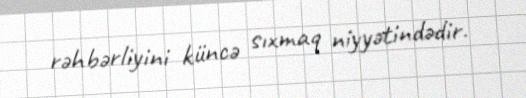
rəhbərliyini küncə sıxmaq niyyətindədir.